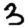
Digit: 3